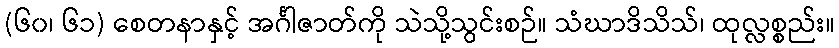
(၆၀၊ ၆၁) စေတနာနှင့် အင်္ဂါဇာတ်ကို သဲသို့သွင်းစဉ်။ သံဃာဒိသိသ်၊ ထုလ္လစ္စည်း။